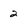
Character: 2